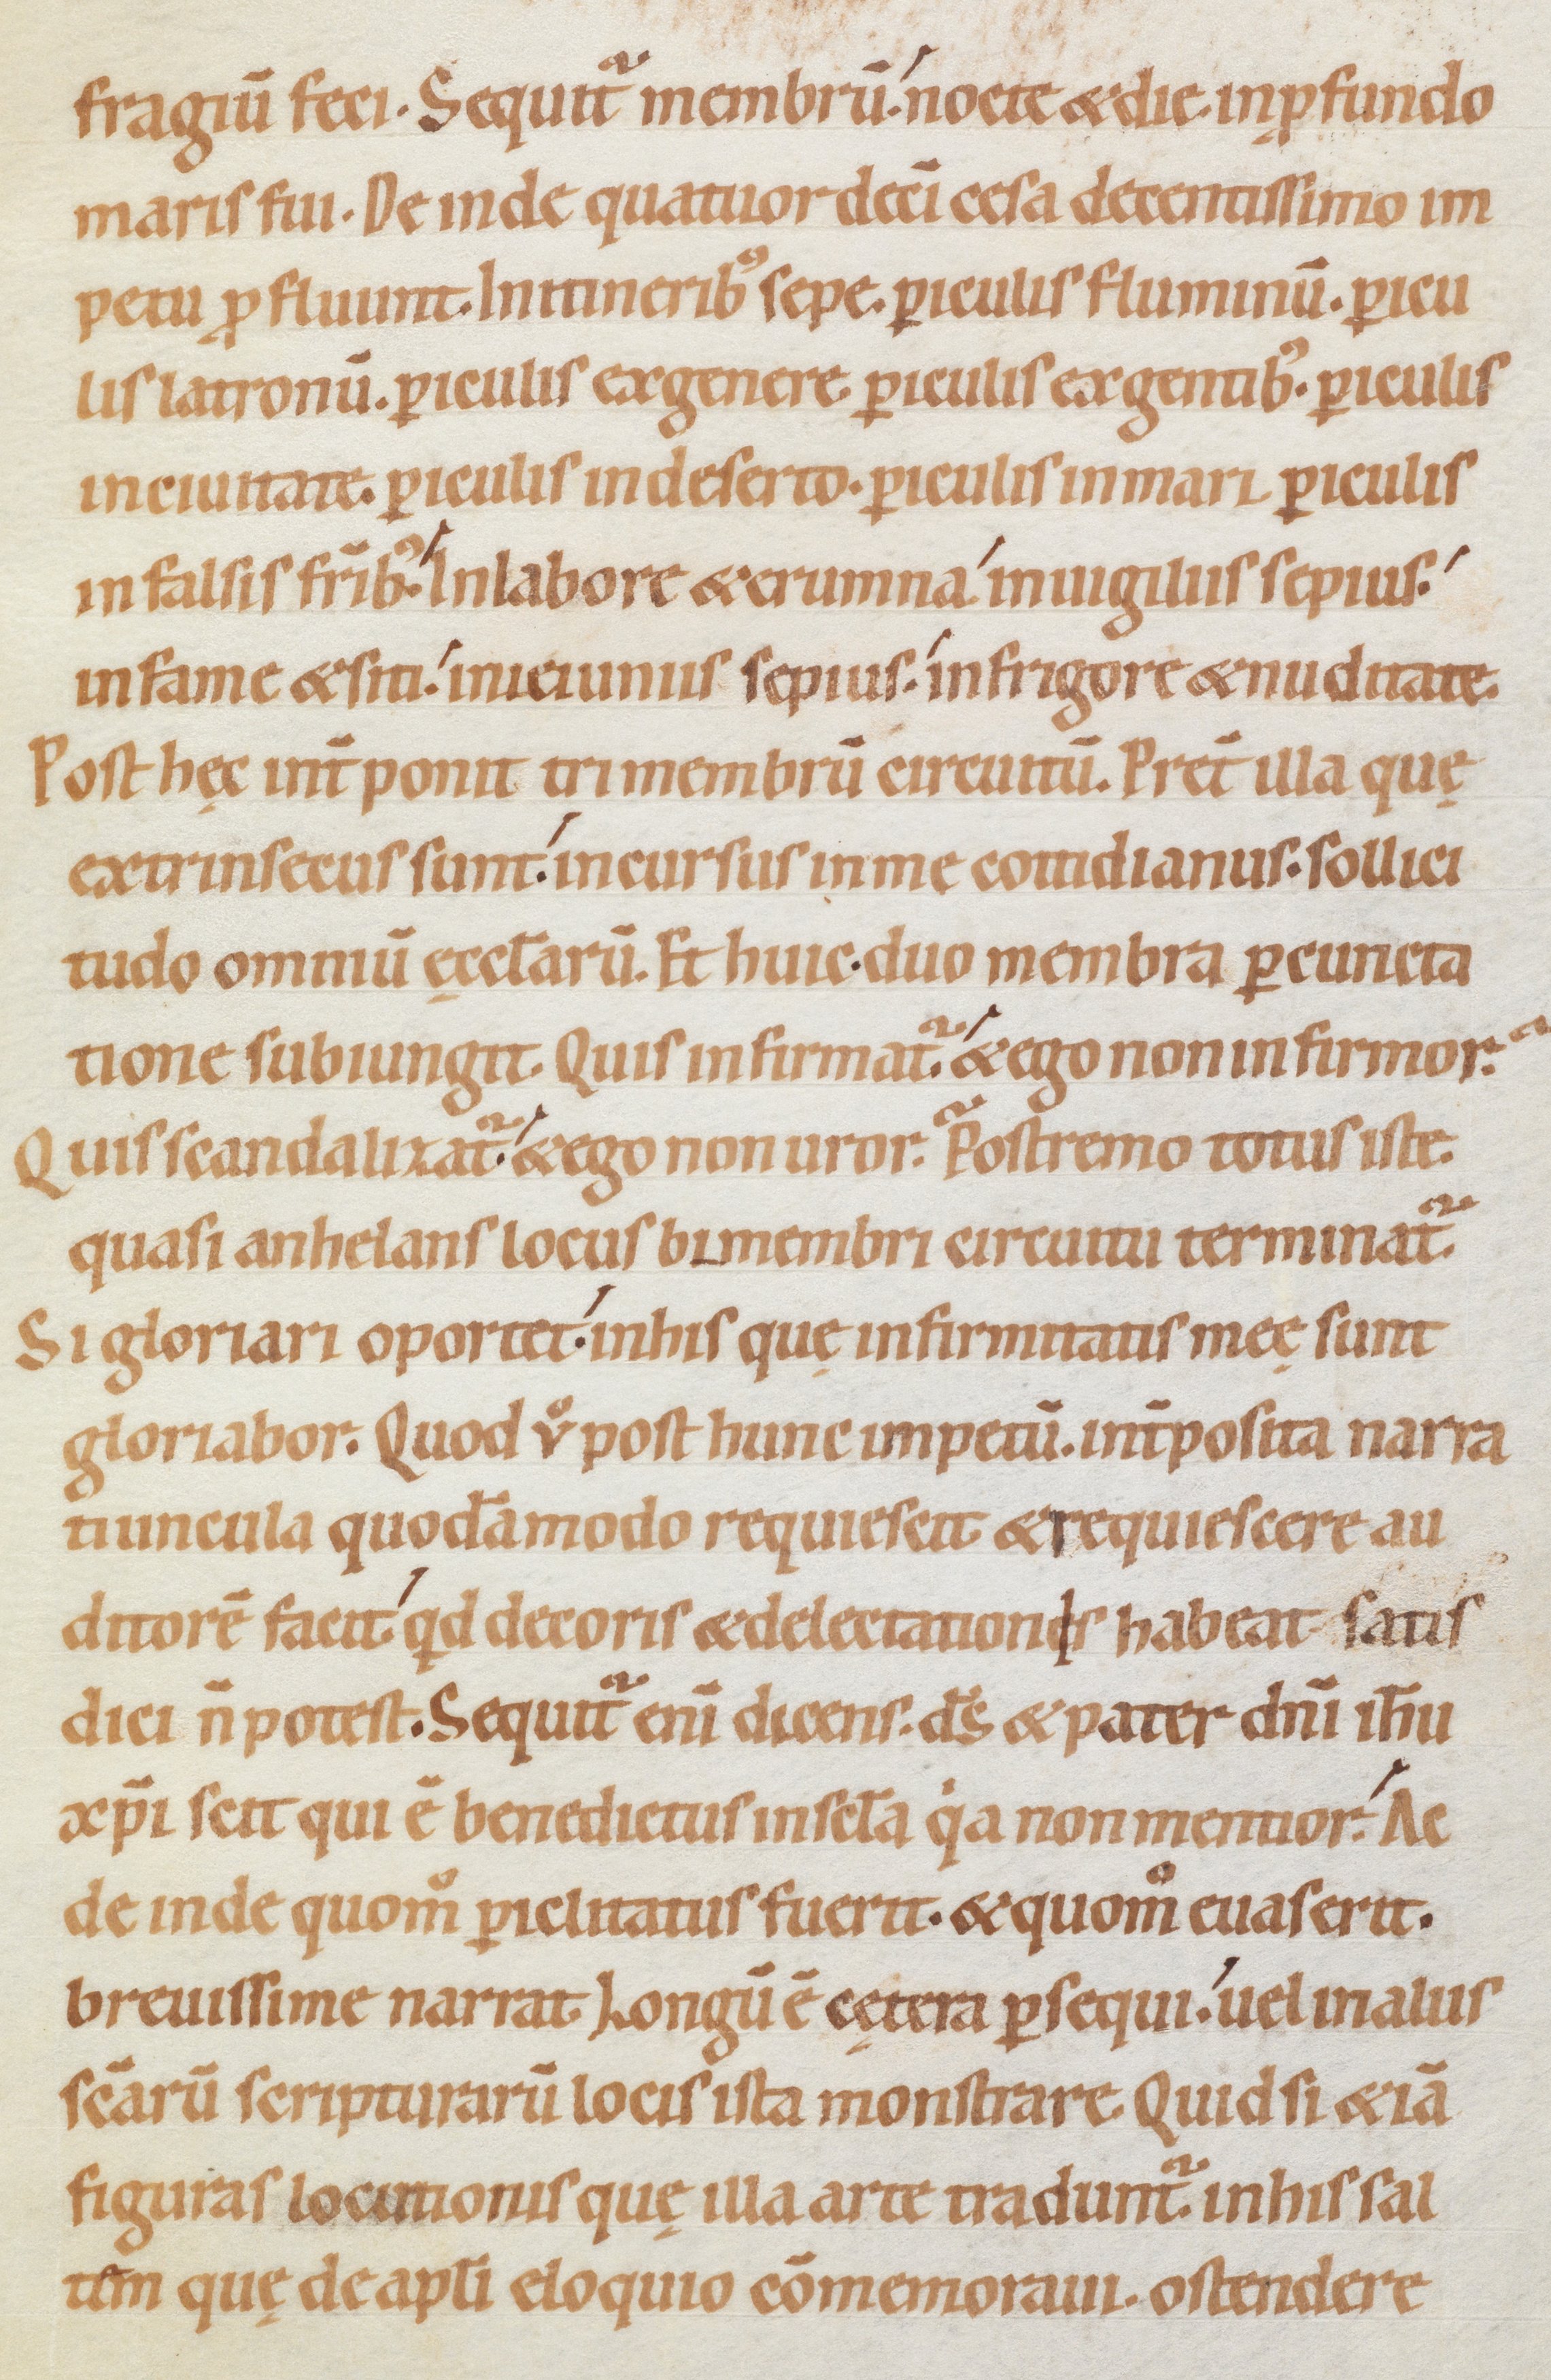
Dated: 1080–1096